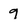
Character: 9